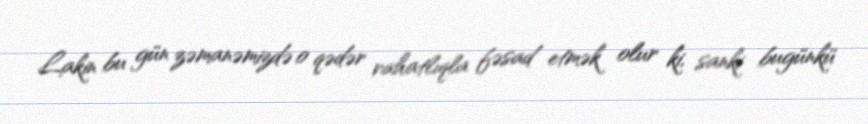
Lakin bu gün zəmanəmizdə o qədər rahatlıqla fəsad etmək olur ki, sanki bugünkü